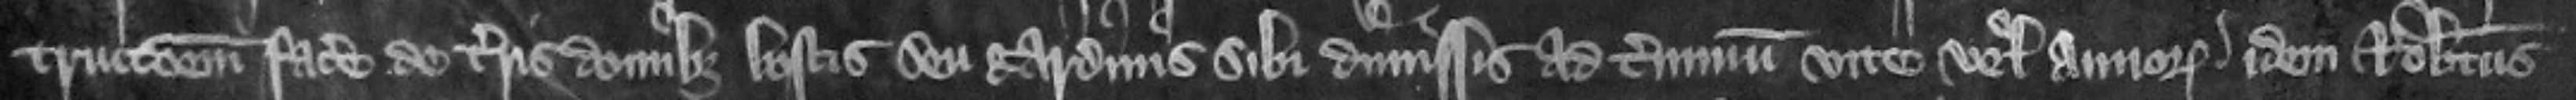
truccionem facere de terris domibus boscis seu gardinis sibi dimissis ad terminum vite vel annorum idem Robertus